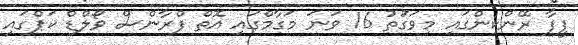
ފީފާ ރޭންކިންގައި މިވަގަުތު 16 ވަނަ މަގާމްގައި އޮތް ފްރާންސް ވޯލްޑް ކަޕްގައި